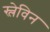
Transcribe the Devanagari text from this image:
स्लेविन